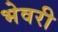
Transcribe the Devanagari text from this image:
भेवरी